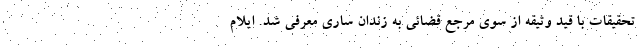
تحقیقات با قید وثیقه از سوی مرجع قضائی به زندان ساری معرفی شد. ایلام